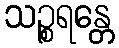
သဉ္စရန္တေ